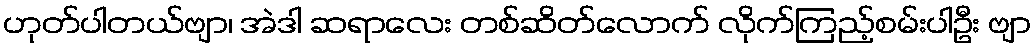
ဟုတ်ပါတယ်ဗျာ၊ အဲဒါ ဆရာလေး တစ်ဆိတ်လောက် လိုက်ကြည့်စမ်းပါဦး ဗျာ